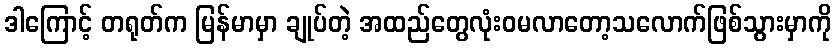
ဒါကြောင့် တရုတ်က မြန်မာမှာ ချုပ်တဲ့ အထည်တွေလုံးဝမလာတော့သလောက်ဖြစ်သွားမှာကို